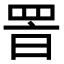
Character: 𦊸